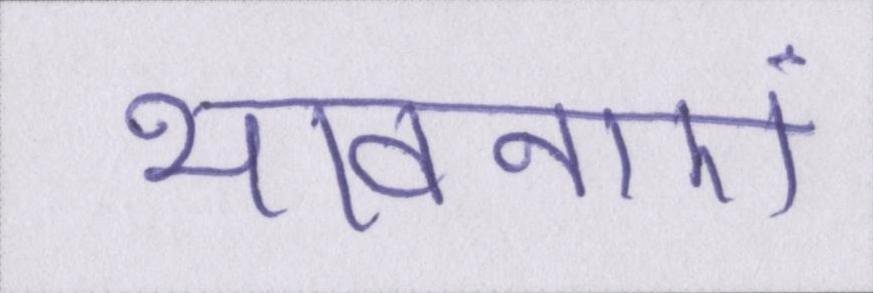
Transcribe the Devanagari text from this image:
भावनाएं